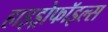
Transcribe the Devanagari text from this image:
हाइड्रोफॉइल्स